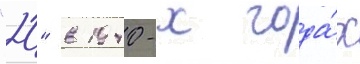
"20" в 1940-х года́х